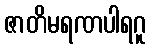
ဇာတိမရဏပါရဂူ